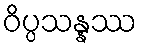
ဝိပ္ပသန္နဿ